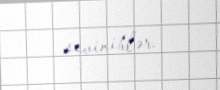
seviniblər.